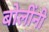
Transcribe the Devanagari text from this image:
बोलींनी